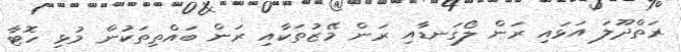
ރަތްދޫލަ އަޅައި ރަން ލޯގަނޑާއި ރަން މޭޒުތަކާއި ރަން ބައްތިތަކުން މުޅި ހޮޓާ